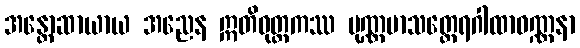
အန္တောဆာယာယ အညေန ဣတိဝုတ္တကဿ ပုဏ္ဏမာသတ္ထေရဂါထာဝဏ္ဏနာ